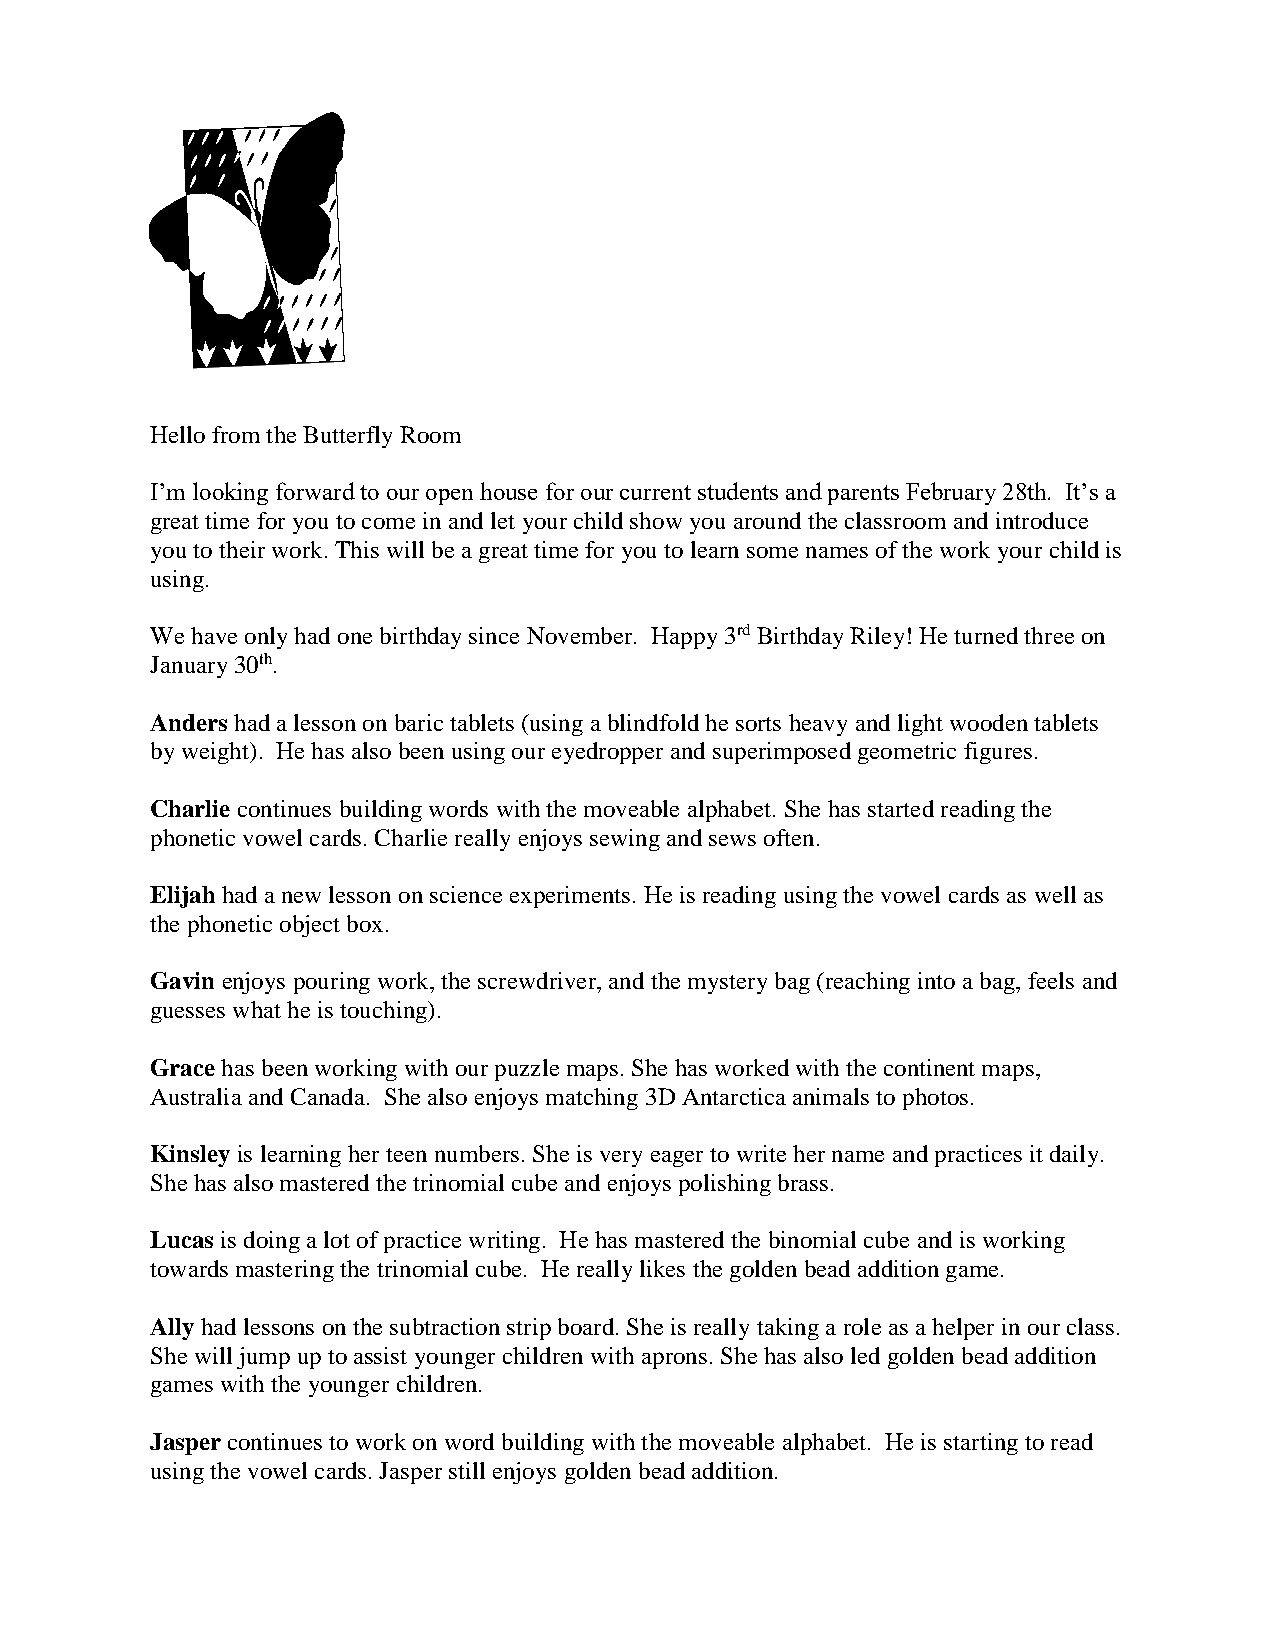
Hello from the Butterfly Room
 I’m looking forward to our open house for our current students and parents February 28th. It’s a
 great time for you to come in and let your child show you around the classroom and introduce
 you to their work. This will be a great time for you to learn some names of the work your child is
 using.
 We have only had one birthday since November. Happy 3rd Birthday Riley! He turned three on
 January 30th.
 Anders had a lesson on baric tablets (using a blindfold he sorts heavy and light wooden tablets
 by weight). He has also been using our eyedropper and superimposed geometric figures.
 Charlie continues building words with the moveable alphabet. She has started reading the
 phonetic vowel cards. Charlie really enjoys sewing and sews often.
 Elijah had a new lesson on science experiments. He is reading using the vowel cards as well as
 the phonetic object box.
 Gavin enjoys pouring work, the screwdriver, and the mystery bag (reaching into a bag, feels and
 guesses what he is touching).
 Grace has been working with our puzzle maps. She has worked with the continent maps,
 Australia and Canada. She also enjoys matching 3D Antarctica animals to photos.
 Kinsley is learning her teen numbers. She is very eager to write her name and practices it daily.
 She has also mastered the trinomial cube and enjoys polishing brass.
 Lucas is doing a lot of practice writing. He has mastered the binomial cube and is working
 towards mastering the trinomial cube. He really likes the golden bead addition game.
 Ally had lessons on the subtraction strip board. She is really taking a role as a helper in our class.
 She will jump up to assist younger children with aprons. She has also led golden bead addition
 games with the younger children.
 Jasper continues to work on word building with the moveable alphabet. He is starting to read
 using the vowel cards. Jasper still enjoys golden bead addition.